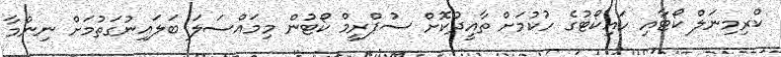
ކްރިމިނަލް ކޯޓާއި ހައިކޯޓުގެ ހުކުމަށް ތާއީދުކޮށް ސުޕްރީމް ކޯޓުން މިމައްސަލަ ބަލައިނުގަތުމަށް ނިންމާ